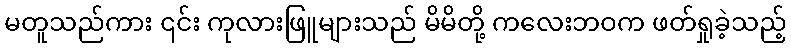
မတူသည်ကား ၎င်း ကုလားဖြူများသည် မိမိတို့ ကလေးဘဝက ဖတ်ရှုခဲ့သည့်